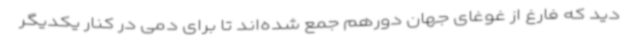
دید که فارغ از غوغای جهان دورهم جمع شده‌اند تا برای دمی در کنار یکدیگر